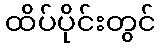
ထိပ်ပိုင်းတွင်